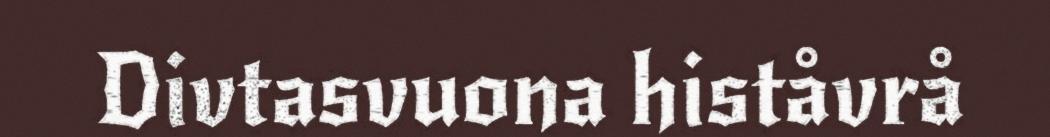
Divtasvuona histåvrå